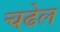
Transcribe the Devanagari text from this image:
चढेल